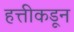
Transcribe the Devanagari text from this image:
हत्तीकडून